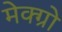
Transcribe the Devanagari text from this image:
मेक्ग्रो